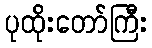
ပုထိုးတော်ကြီး